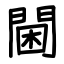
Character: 閫